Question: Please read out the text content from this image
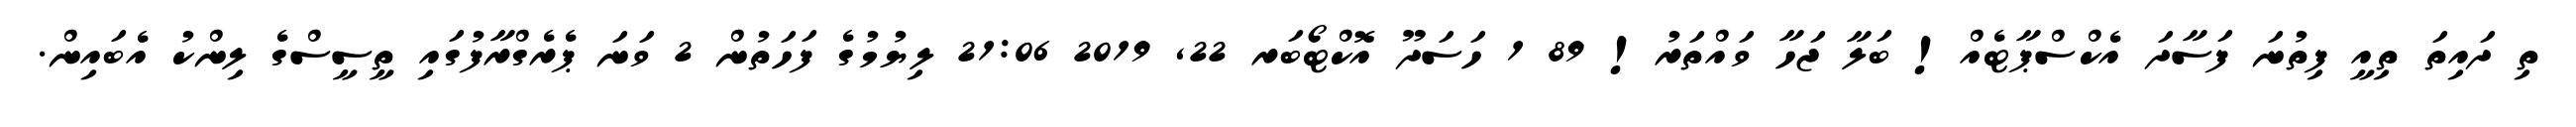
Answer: ތި ދައިތަ ތިއީ ފިތުނަ ފަސާދަ އެކްސްޕާޓެއް! ބަލާ ޖަހާ ވައްތަރު! 89 1 ހަސަދޫ އޮކްޓޯބަރ 22, 2019 21:06 ލިޔުމުގެ ފަހަތުން 2 ވަނަ ޕެރެގްރާފުގައި ތީސީސްގެ ލިންކު އެބައިން.